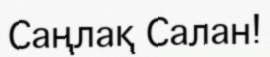
Саңлақ Салан!